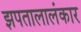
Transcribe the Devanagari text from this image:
झपतालालंकार